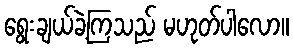
ရွေးချယ်ခဲ့ကြသည် မဟုတ်ပါလော။